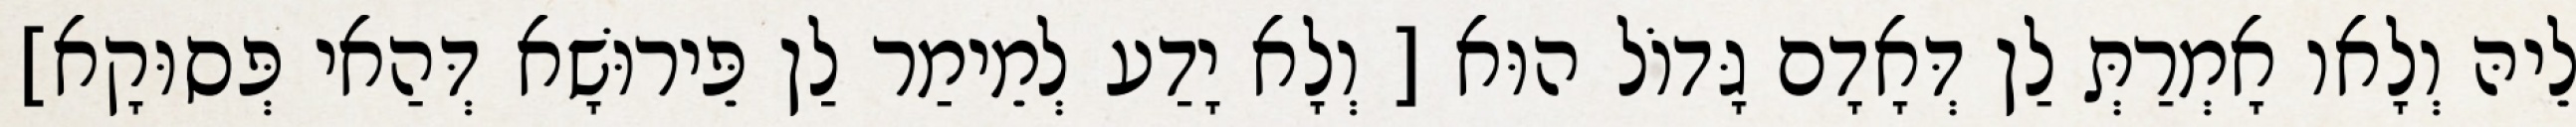
לֵיהּ וְלָאו אָמְרַתְּ לַן דְּאָדָם גָּדוֹל הוּא [ וְלָא יָדַע לְמֵימַר לַן פֵּירוּשָׁא דְּהַאי פְּסוּקָא]